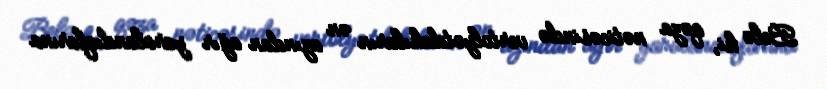
Belə ki, qəza nəticəsində vertolyotdakıların ən azından ağır yaralandıqlarına